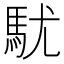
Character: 駀